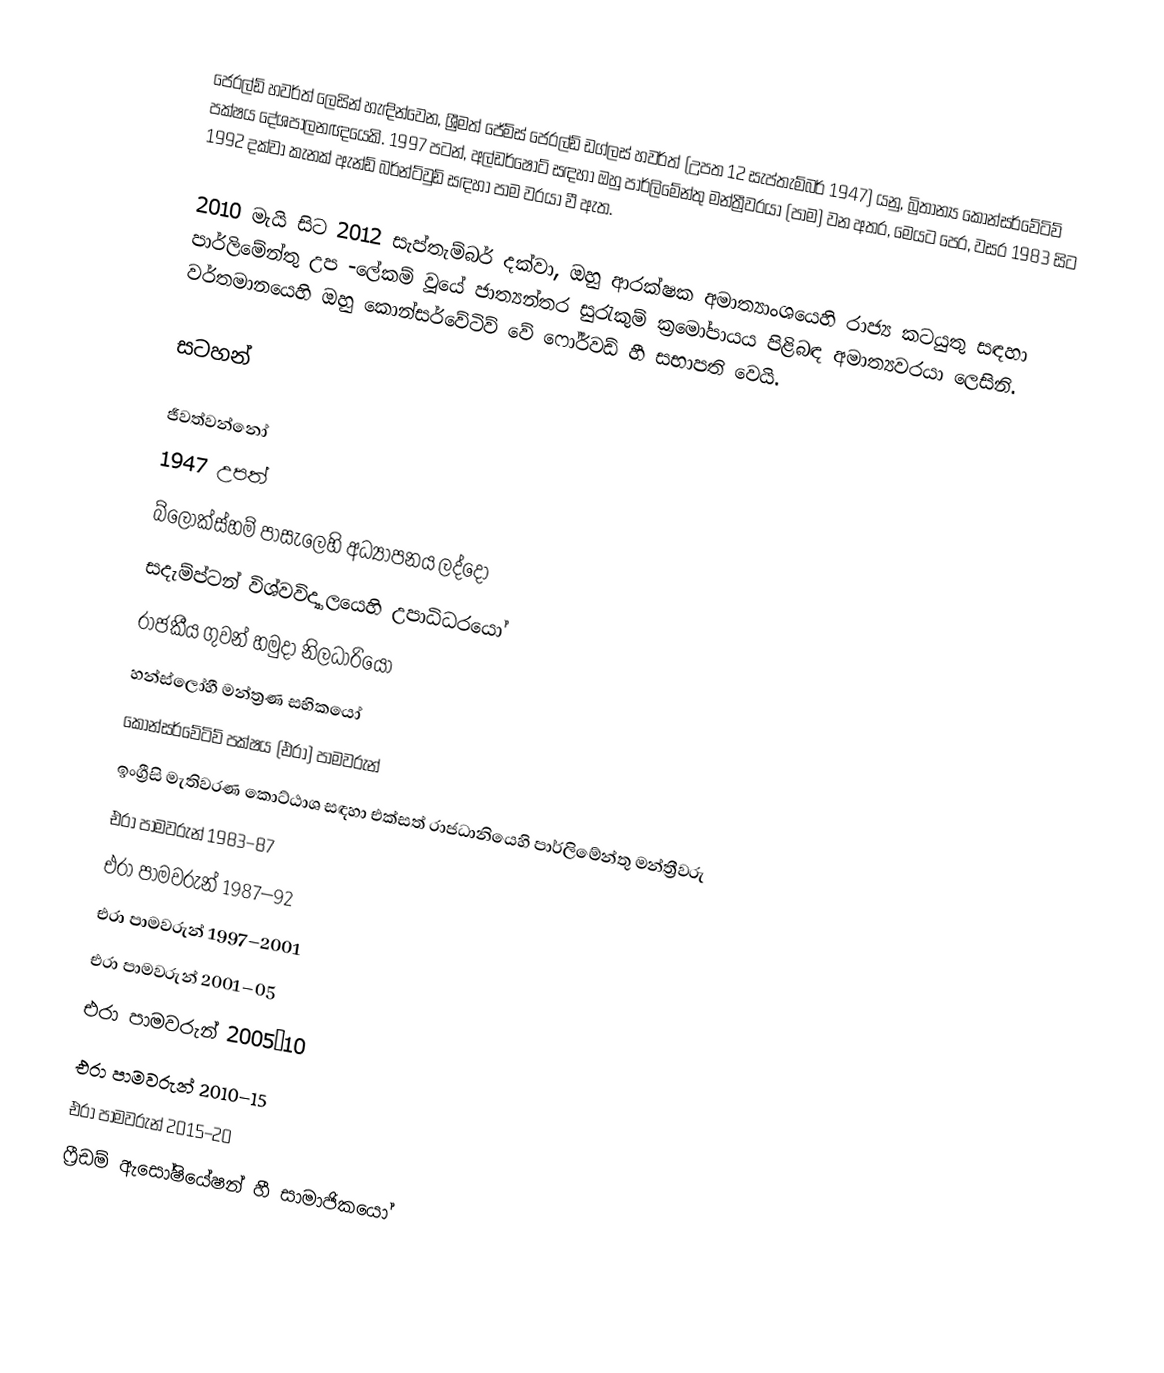
ජෙරල්ඩ් හවර්ත් ලෙසින් හැඳින්වෙන, ශ්‍රීමත් ජේම්ස් ජෙරල්ඩ් ඩග්ලස් හවර්ත් (උපත 12 සැප්තැම්බර් 1947) යනු, බ්‍රිතාන්‍ය කොන්සර්වේටිව් පක්ෂය දේශපාලනඥයෙකි. 1997 පටන්,  අල්ඩර්ෂොට් සඳහා ඔහු පාර්ලිමේන්තු මන්ත්‍රීවරයා (පාම) වන අතර, මෙයට පෙර, වසර 1983 සිට 1992 දක්වා  කැනක් ඇන්ඩ් බර්න්ට්වුඩ් සඳහා  පාම වරයා වී ඇත.

2010 මැයි සිට 2012 සැප්තැම්බර් දක්වා, ඔහු  ආරක්ෂක අමාත්‍යාංශයෙහි රාජ්‍ය කටයුතු සඳහා පාර්ලිමේන්තු උප -ලේකම් වූයේ ජාත්‍යන්තර සුරැකුම් ක්‍රමෝපායය පිළිබඳ අමාත්‍යවරයා ලෙසිනි. වර්තමානයෙහි ඔහු  කොන්සර්වේටිව් වේ ෆෝර්වඩ් හී සභාපති වෙයි.

සටහන්

ජීවත්වන්නෝ
1947 උපත්
 බ්ලොක්ස්හම් පාසැලෙහි අධ්‍යාපනය ලද්දෝ
 සදැම්ප්ටන් විශ්වවිද්‍යාලයෙහි උපාධිධරයෝ
රාජකීය ගුවන් හමුදා නිලධාරියෝ
 හන්ස්ලෝහී මන්ත්‍රණ සභිකයෝ
කොන්සර්වේටිව් පක්ෂය (එරා) පාමවරුන්
ඉංග්‍රීසි මැතිවරණ කොට්ඨාශ සඳහා එක්සත් රාජධානියෙහි පාර්ලිමේන්තු මන්ත්‍රීවරු
එරා පාමවරුන් 1983–87
එරා පාමවරුන් 1987–92
එරා පාමවරුන් 1997–2001
එරා පාමවරුන් 2001–05
එරා පාමවරුන් 2005–10
එරා පාමවරුන් 2010–15
එරා පාමවරුන් 2015–20
ෆ්‍රීඩම් ඇසෝෂියේෂන් හී සාමාජිකයෝ